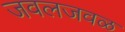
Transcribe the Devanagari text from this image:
जवलजवळ